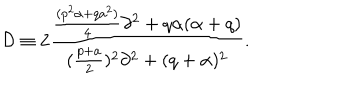
LaTeX: { \cal D } \equiv 2 { \frac { { \frac { ( p ^ { 2 } \alpha + q a ^ { 2 } ) } { 4 } } \partial ^ { 2 } + q \alpha ( \alpha + q ) } { ( { \frac { p + a } { 2 } } ) ^ { 2 } \partial ^ { 2 } + ( q + \alpha ) ^ { 2 } } } .